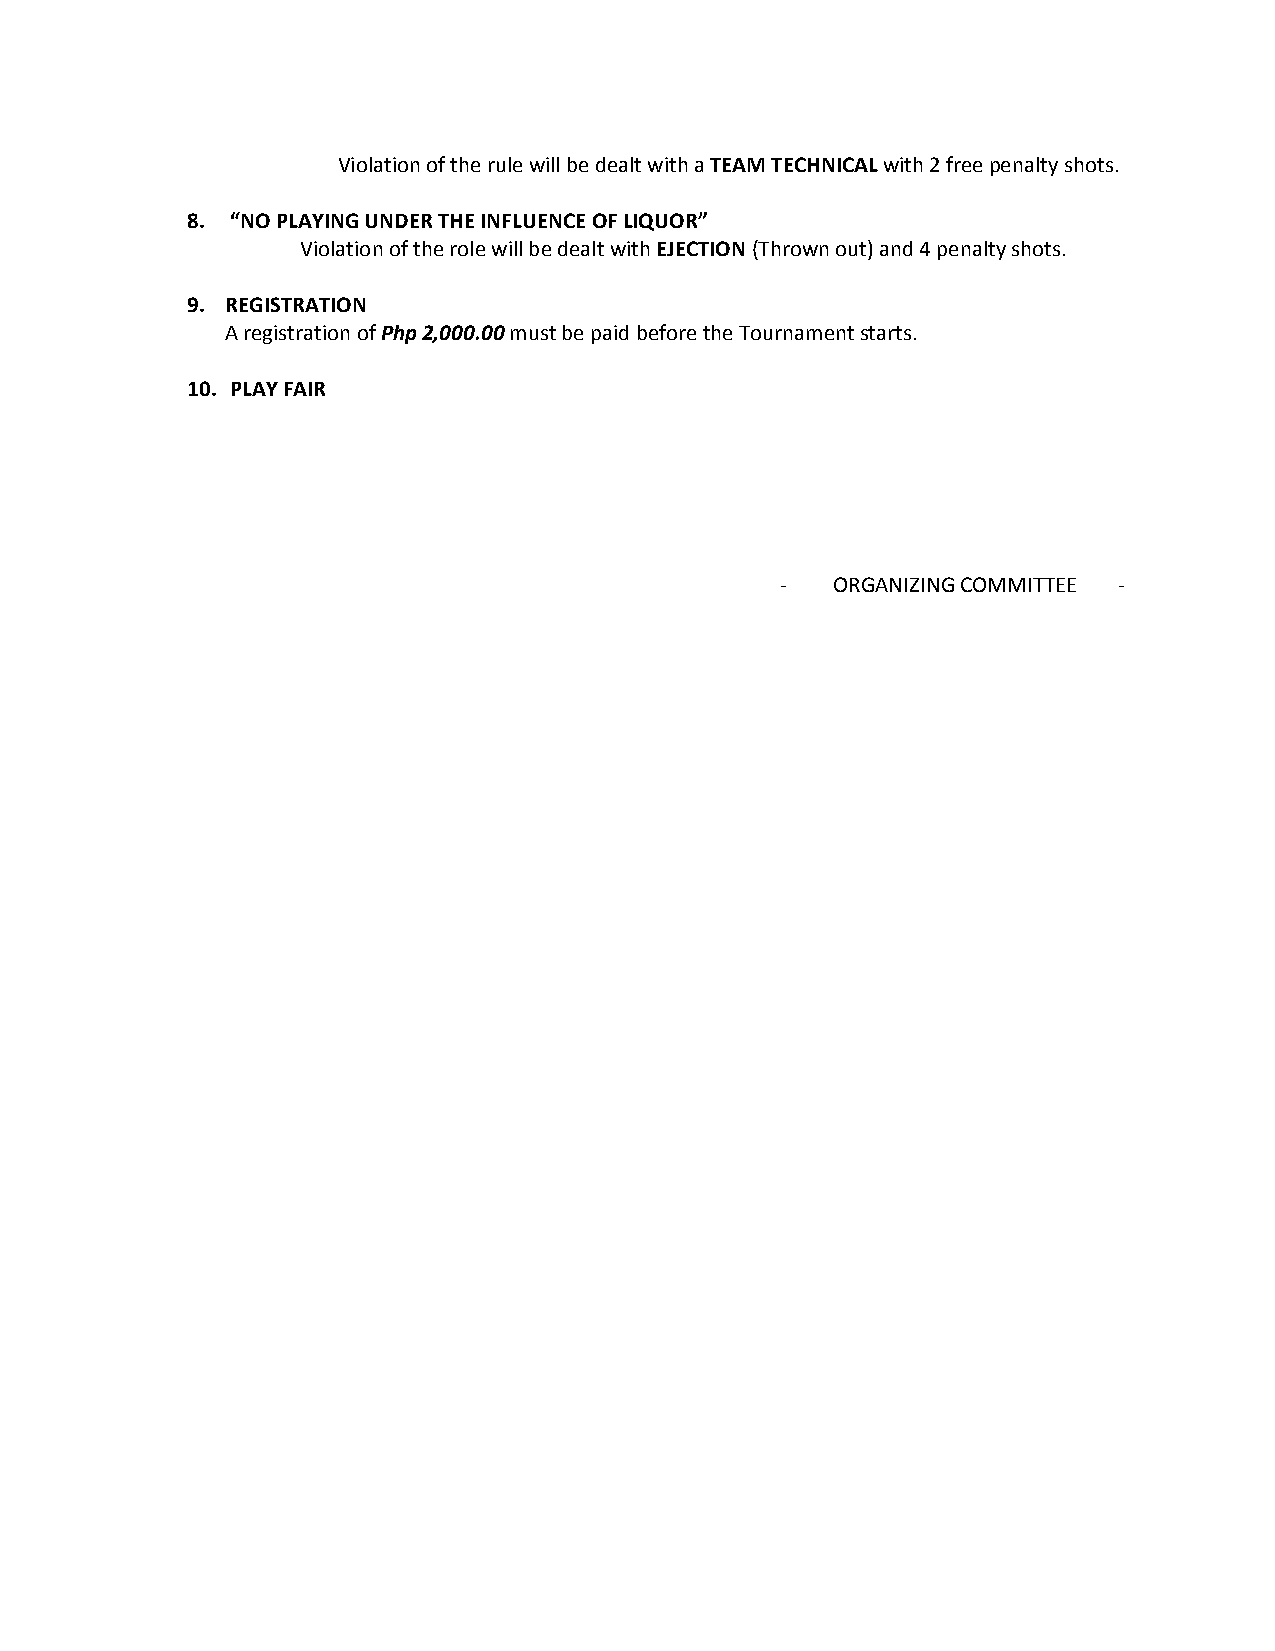
Violation of the rule will be dealt with a TEAM TECHNICAL with 2 free penalty shots.
 8. “NO PLAYING UNDER THE INFLUENCE OF LIQUOR”
 Violation of the role will be dealt with EJECTION (Thrown out) and 4 penalty shots.
 9. REGISTRATION
 A registration of Php 2,000.00 must be paid before the Tournament starts.
 10. PLAY FAIR
 ‐  ORGANIZING COMMITTEE ‐